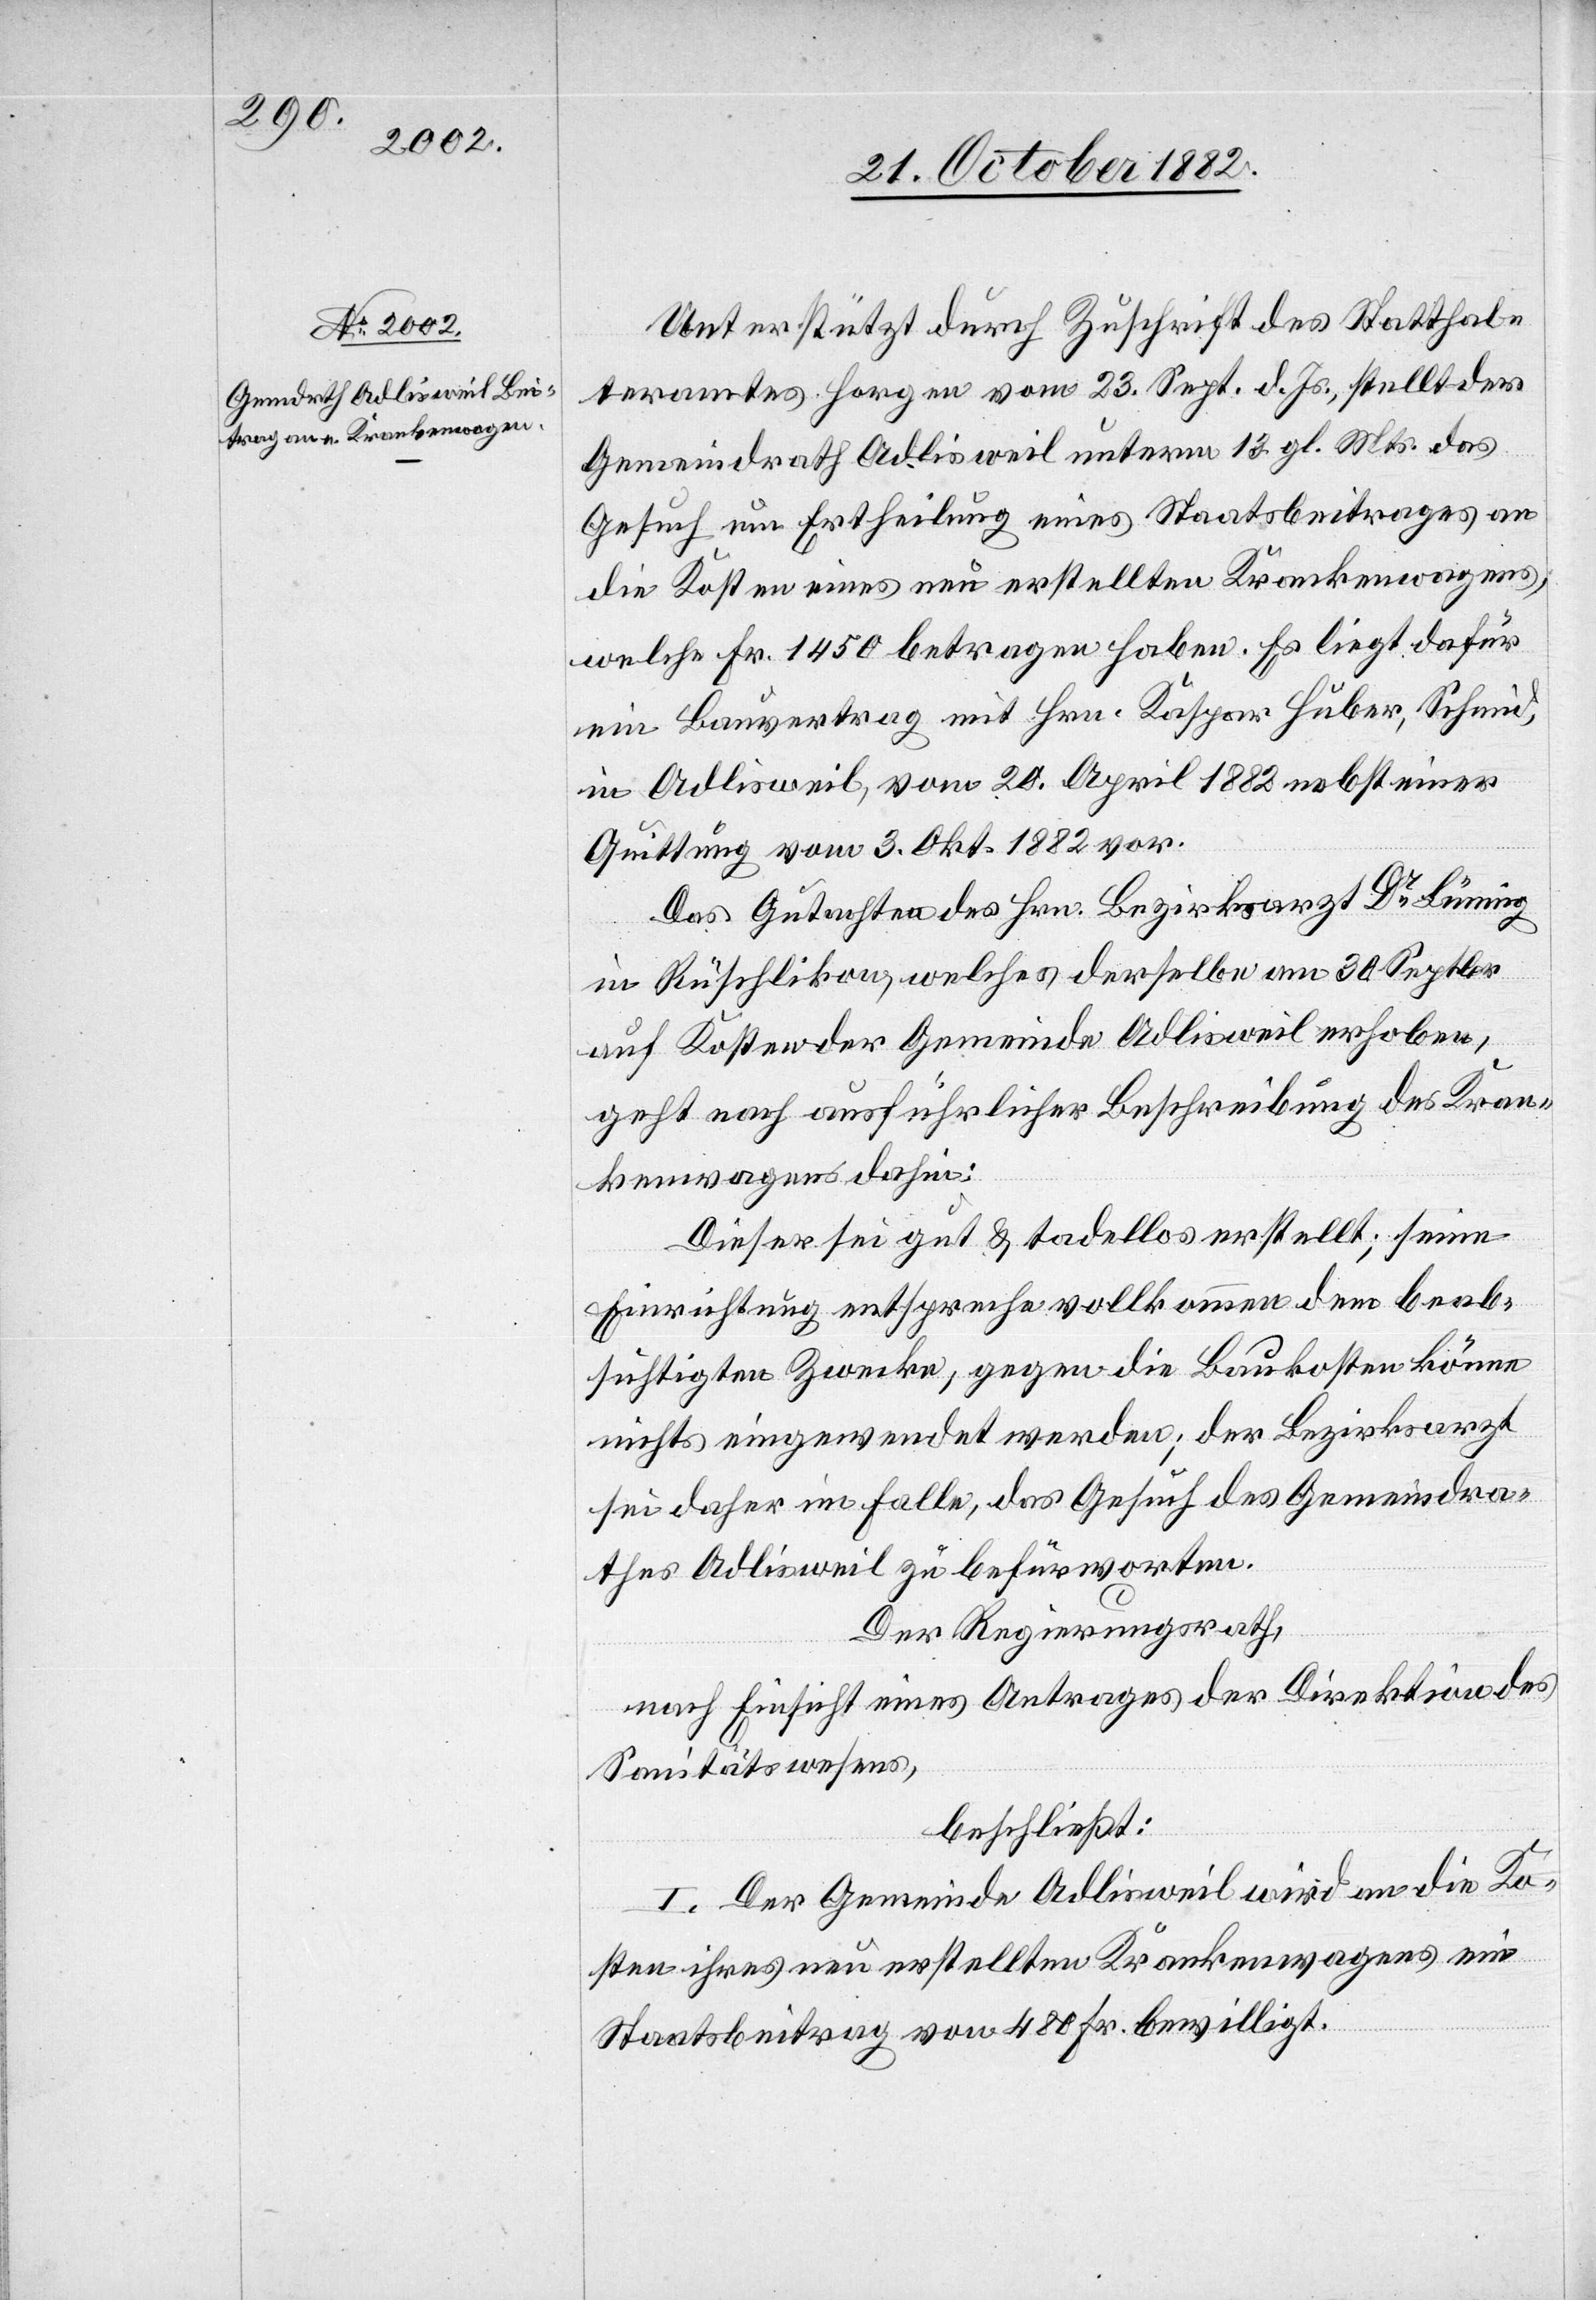
Unterstützt durch Zuschrift des Statthal¬
teramtes Horgen vom 23. Sept. d. Js., stellt der
Gemeindrath Adlisweil unterm 13. gl. Mts. das
Gesuch um Ertheilung eines Staatsbeitrages an
die Kosten eines neu erstellten Krankenwagens,
welche Fr. 1450 betragen haben. Es liegt dafür
ein Bauvertrag mit Hrn. Kaspar Huber, Schmid,
in Adlisweil, vom 20. April 1882 nebst einer
Quittung vom 3. Okt. 1882 vor.
Das Gutachten des Hrn. Bezirksarzt Dr Lünning
in Rüschlikon, welches derselbe am 30. Septbr
auf Kosten der Gemeinde Adlisweil erhoben,
geht nach ausführlicher Beschreibung des Kran¬
kenwagens dahin:
Dieser sei gut & tadellos erstellt; seine
Einrichtung entspreche vollkommen dem beab¬
sichtigten Zwecke, gegen die Baukosten könne
nichts eingewendet werden; der Bezirksarzt
sei daher im Falle, das Gesuch des Gemeindra¬
thes Adlisweil zu befürworten.
Der Regierungsrath,
nach Einsicht eines Antrages der Direktion des
Sanitätswesens,
beschließt:
I. Der Gemeinde Adlisweil wird an die Ko¬
sten ihres neu erstellten Krankenwagens ein
Staatsbeitrag von 480 Fr. bewilligt.